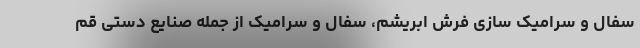
سفال و سرامیک سازی فرش ابریشم، سفال و سرامیک از جمله صنایع دستی قم